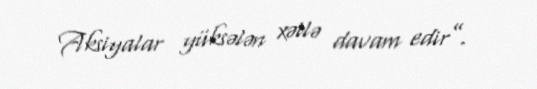
Aksiyalar yüksələn xətlə davam edir”.